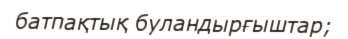
батпақтық буландырғыштар;